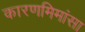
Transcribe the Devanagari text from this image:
कारणमिमांसा